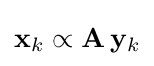
\mathbf {x} _{k}\propto \mathbf {A} \,\mathbf {y} _{k}